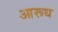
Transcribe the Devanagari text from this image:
आरूध